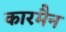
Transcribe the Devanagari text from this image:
कारमैन